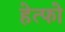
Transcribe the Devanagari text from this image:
हेत्फो